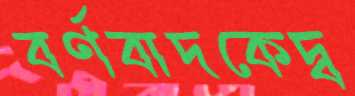
বর্ণবাদকেদ্ব